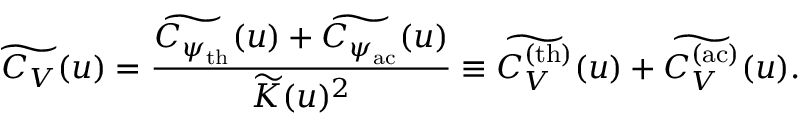
\widetilde { C _ { V } } ( u ) = \frac { \widetilde { C _ { \psi _ { \mathrm { t h } } } } ( u ) + \widetilde { C _ { \psi _ { \mathrm { a c } } } } ( u ) } { \widetilde { K } ( u ) ^ { 2 } } \equiv \widetilde { C _ { V } ^ { \mathrm { ( t h ) } } } ( u ) + \widetilde { C _ { V } ^ { \mathrm { ( a c ) } } } ( u ) .